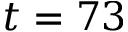
t = 7 3